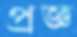
প্রজ্ঞ